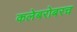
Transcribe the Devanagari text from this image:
कलेबरोबरच